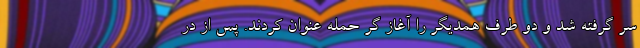
سر گرفته شد و دو طرف همدیگر را آغاز گر حمله عنوان کردند. پس از در